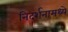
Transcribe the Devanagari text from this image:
निदर्शनामध्ये